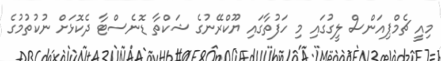
މިއީ ޗެމްޕިއަންސް ލީގުގައި މި ހަފުތާގައި ޔޫކްރޭނުގެ ޝަކްތާ ޑޮނެސްޓާ ދެކޮޅަށް ނުކުތުމުގެ